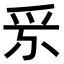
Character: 𤓹